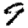
Digit: 9